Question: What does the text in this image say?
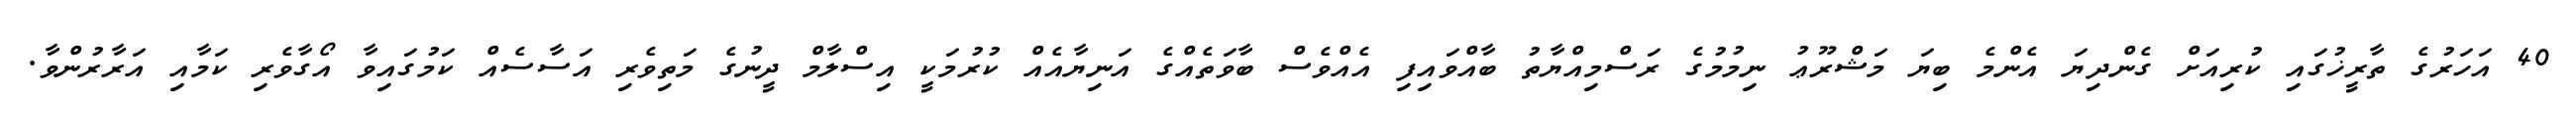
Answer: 40 އަހަރުގެ ތާރީޚުގައި ކުރިއަށް ގެންދިޔަ އެންމެ ބިޔަ މަޝްރޫޢު ނިމުމުގެ ރަސްމިއްޔާތު ބާއްވައިފި އެއްވެސް ބާވަތެއްގެ އަނިޔާއެއް ކުރުމަކީ އިސްލާމް ދީނުގެ މަތިވެރި އަސާސެއް ކަމުގައިވާ އޯގާވެރި ކަމާއި އަރާރުންވާ.